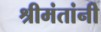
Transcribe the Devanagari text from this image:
श्रीमंतांनी